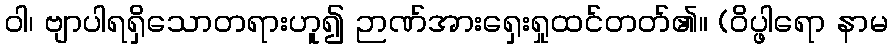
ဝါ၊ ဗျာပါရရှိသောတရားဟူ၍ ဉာဏ်အားရှေးရှုထင်တတ်၏။ (ဝိပ္ဖါရော နာမ